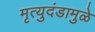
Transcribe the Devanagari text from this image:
मृत्युदंडामुळे